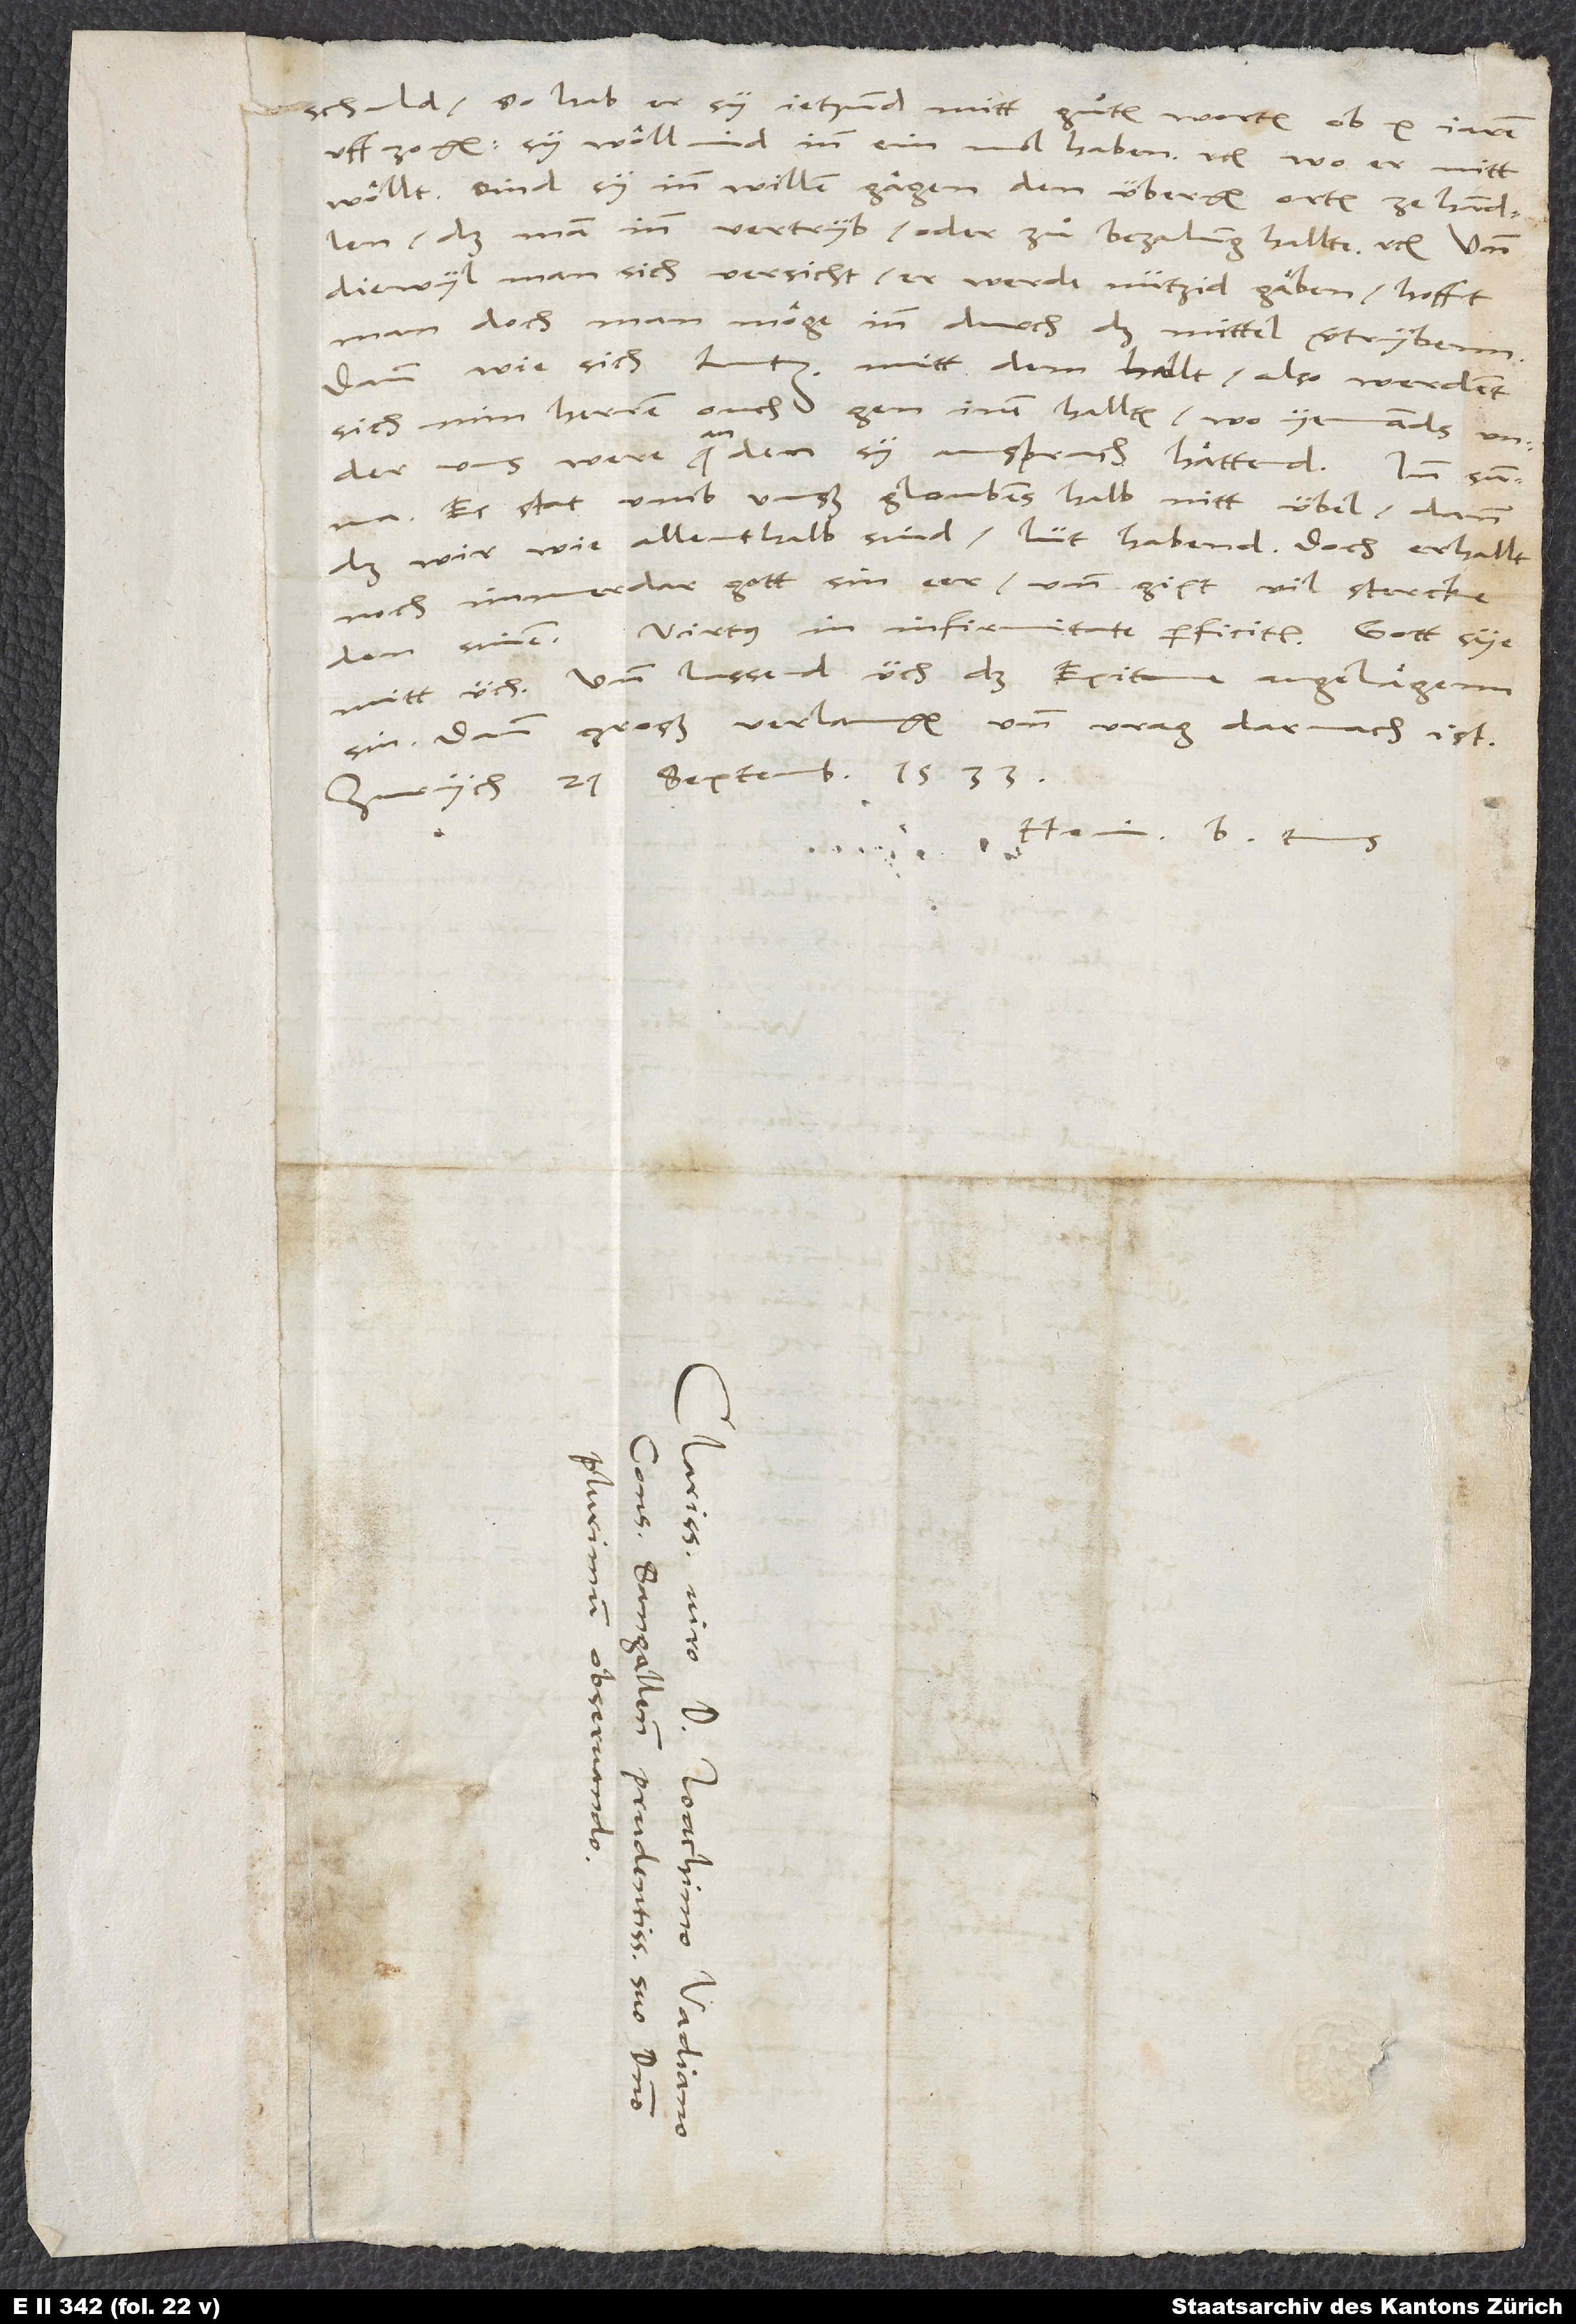
sich min herren ouch gen inen hallten, wo yemands under
an
uns were, an den sy ansprach hättend.
Es stat umb unß gloubens halb nitt übel, dann
daß wir, wie allenthalb sind, lüt habend. Doch erhallt
noch immerdar gott sin eer und gipt vil stercke
den sinen. «Virtus in infirmitate perficitur» . Gott sye
mitt üch. Und lassend üch das Epitome angelägenn
sin, dann groß verlangen und vrag darnach ist.
Zürich, 21. septembris 1533.
Hein. B. tuus.
D.